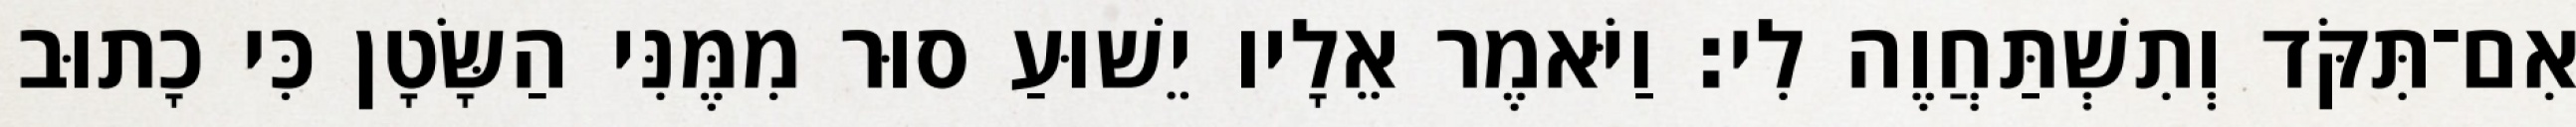
אִם־תִּקֹּד וְתִשְׁתַּחֲוֶה לִי׃ וַיֹּאמֶר אֵלָיו יֵשׁוּעַ סוּר מִמֶּנִּי הַשָּׂטָן כִּי כָתוּב